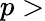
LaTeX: p>